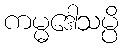
ကမ္မဒေါသမ္ပိ